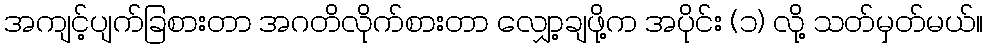
အကျင့်ပျက်ခြစားတာ အဂတိလိုက်စားတာ လျှော့ချဖို့က အပိုင်း (၁) လို့ သတ်မှတ်မယ်။